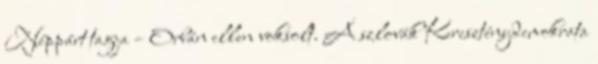
Néppárt tagja – Orbán ellen voksolt. A szlovák Kereszténydemokrata